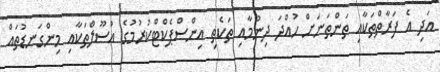
އަދި އެ ފަރާތްތަކާއި ތަންތަނަށް ހުއްދަ ދިނުމާއި ތަކެތި އިންސްޕެކްޓްކުރުމުގެ އުސޫލްތަކާއި މިންގަނޑުތައް